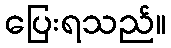
ပြေးရသည်။